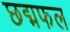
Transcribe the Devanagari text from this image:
छद्मफल